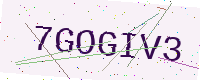
Text: 7GOGIV3